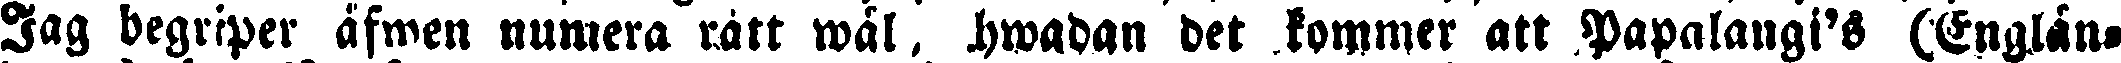
Jag begriper äfwen numera rätt wäl. Hwadan det kommer att Papalangi's (Englän,